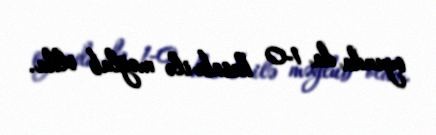
oyunda da 1-0 hesabı ilə məğlub oldu.